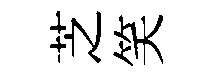
芝笑